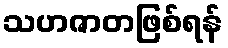
သဟဇာတဖြစ်ရန်